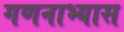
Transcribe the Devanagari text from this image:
गणनाभ्यास